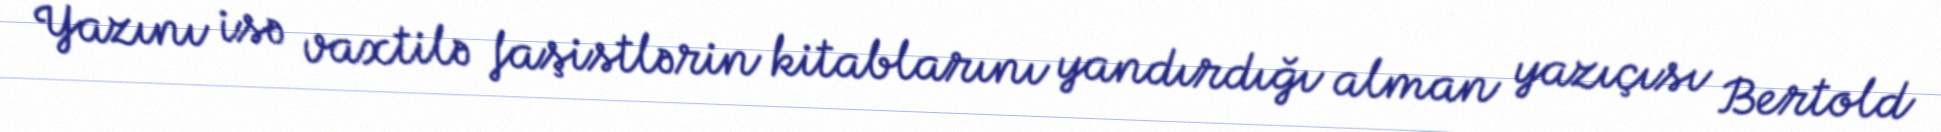
Yazını isə vaxtilə faşistlərin kitablarını yandırdığı alman yazıçısı Bertold